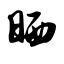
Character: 晒